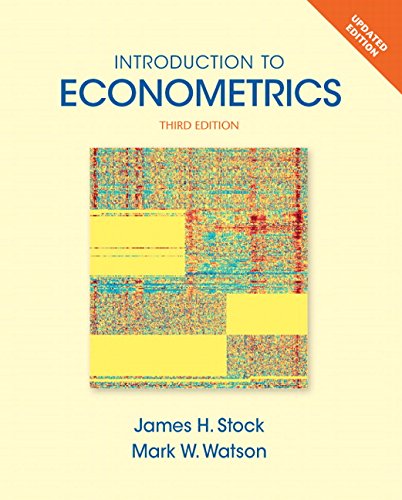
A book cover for Introduction to Econometrics, Update (3rd Edition) (Pearson Series in Economics); James H. Stock; Business & Money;